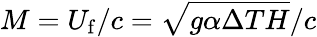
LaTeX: M=U_{\mathrm{{f}}}/c=\sqrt{g\alpha\Delta TH}/c